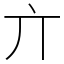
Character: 亣